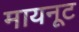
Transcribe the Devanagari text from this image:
मायनूट